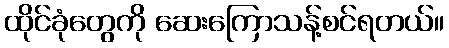
ထိုင်ခုံတွေကို ဆေးကြောသန့်စင်ရတယ်။